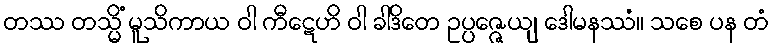
တဿ တသ္မိံ မူသိကာယ ဝါ ကီဋေဟိ ဝါ ခါဒိတေ ဥပ္ပဇ္ဇေယျ ဒေါမနဿံ။ သစေ ပန တံ